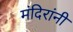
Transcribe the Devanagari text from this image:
मंदिरांनी